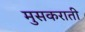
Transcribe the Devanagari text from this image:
मुसकराती